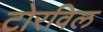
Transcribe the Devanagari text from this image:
टोरविल